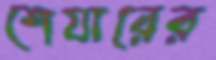
শেযারের